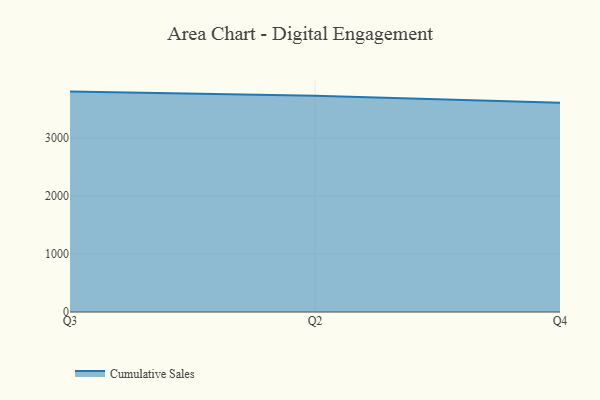
{"axis": {"x": "Quarter", "y": "Backlog"}, "legend": ["Cumulative Sales"], "data": [{"x": "Q3", "y": 3798.6, "type": "Cumulative Sales"}, {"x": "Q2", "y": 3729.2, "type": "Cumulative Sales"}, {"x": "Q4", "y": 3605.9, "type": "Cumulative Sales"}]}